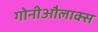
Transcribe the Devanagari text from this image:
गोनीऔलाक्स